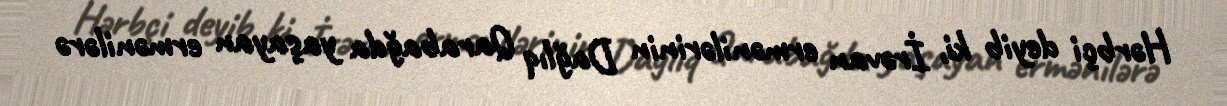
Hərbçi deyib ki, İrəvan ermənilərinin Dağlıq Qarabağda yaşayan ermənilərə